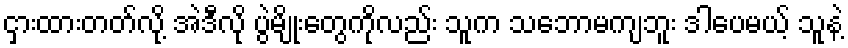
ငှားထားတတ်လို့ အဲဒီလို ပွဲမျိုးတွေကိုလည်း သူက သဘောမကျဘူး ဒါပေမယ့် သူနဲ့